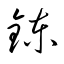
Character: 錬